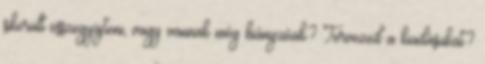
sikerült összegyüjteni, vagy vannak még hiányzóak? Tervezed a kiadásukat?